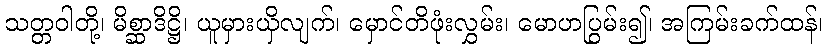
သတ္တဝါတို့၊ မိစ္ဆာဒိဋ္ဌိ၊ ယူမှားယှိလျက်၊ မှောင်တိဖုံးလွှမ်း၊ မောဟပြွမ်း၍၊ အကြမ်းခက်ထန်၊